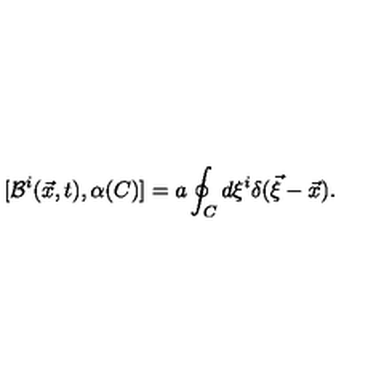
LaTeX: [ { \cal B } ^ { i } ( \vec { x } , t ) , \alpha ( C ) ] = a \oint _ { C } d \xi ^ { i } \delta ( \vec { \xi } - \vec { x } ) .